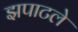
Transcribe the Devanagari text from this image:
झपाटले